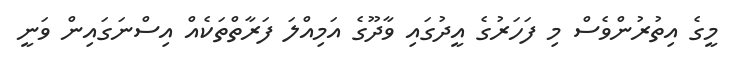
މީގެ އިތުރުންވެސް މި ފަހަރުގެ އީދުގައި ވާދޫގެ އަމިއްލަ ފަރާތްތަކެއް އިސްނަގައިން ވަނީ